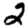
Digit: 2